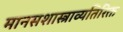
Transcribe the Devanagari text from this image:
मानसशास्त्राव्यतिरिक्त